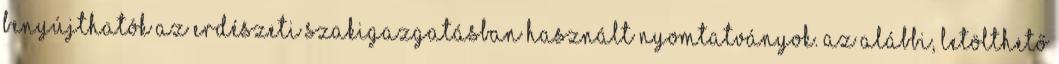
benyújthatók az erdészeti szakigazgatásban használt nyomtatványok. Az alábbi, letölthető